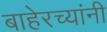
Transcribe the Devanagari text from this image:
बाहेरच्यांनी